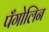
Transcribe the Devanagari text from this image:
पँगोलिन